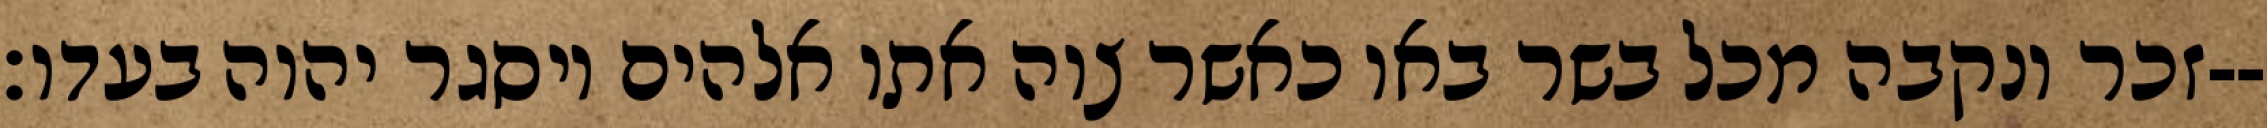
זכר ונקבה מכל בשר באו כאשר צוה אתו אלהים ויסגר יהוה בעדו׃--